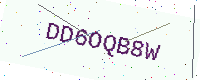
Text: DD6OQB8W